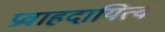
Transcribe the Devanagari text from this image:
प्रवाहदायित्व